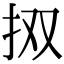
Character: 㧐